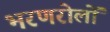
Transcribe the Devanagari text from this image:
भरणरोलों